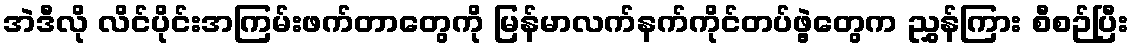
အဲဒီလို လိင်ပိုင်းအကြမ်းဖက်တာတွေကို မြန်မာလက်နက်ကိုင်တပ်ဖွဲ့တွေက ညွှန်ကြား စီစဉ်ပြီး